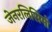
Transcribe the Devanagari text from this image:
जेनरलिसिमो